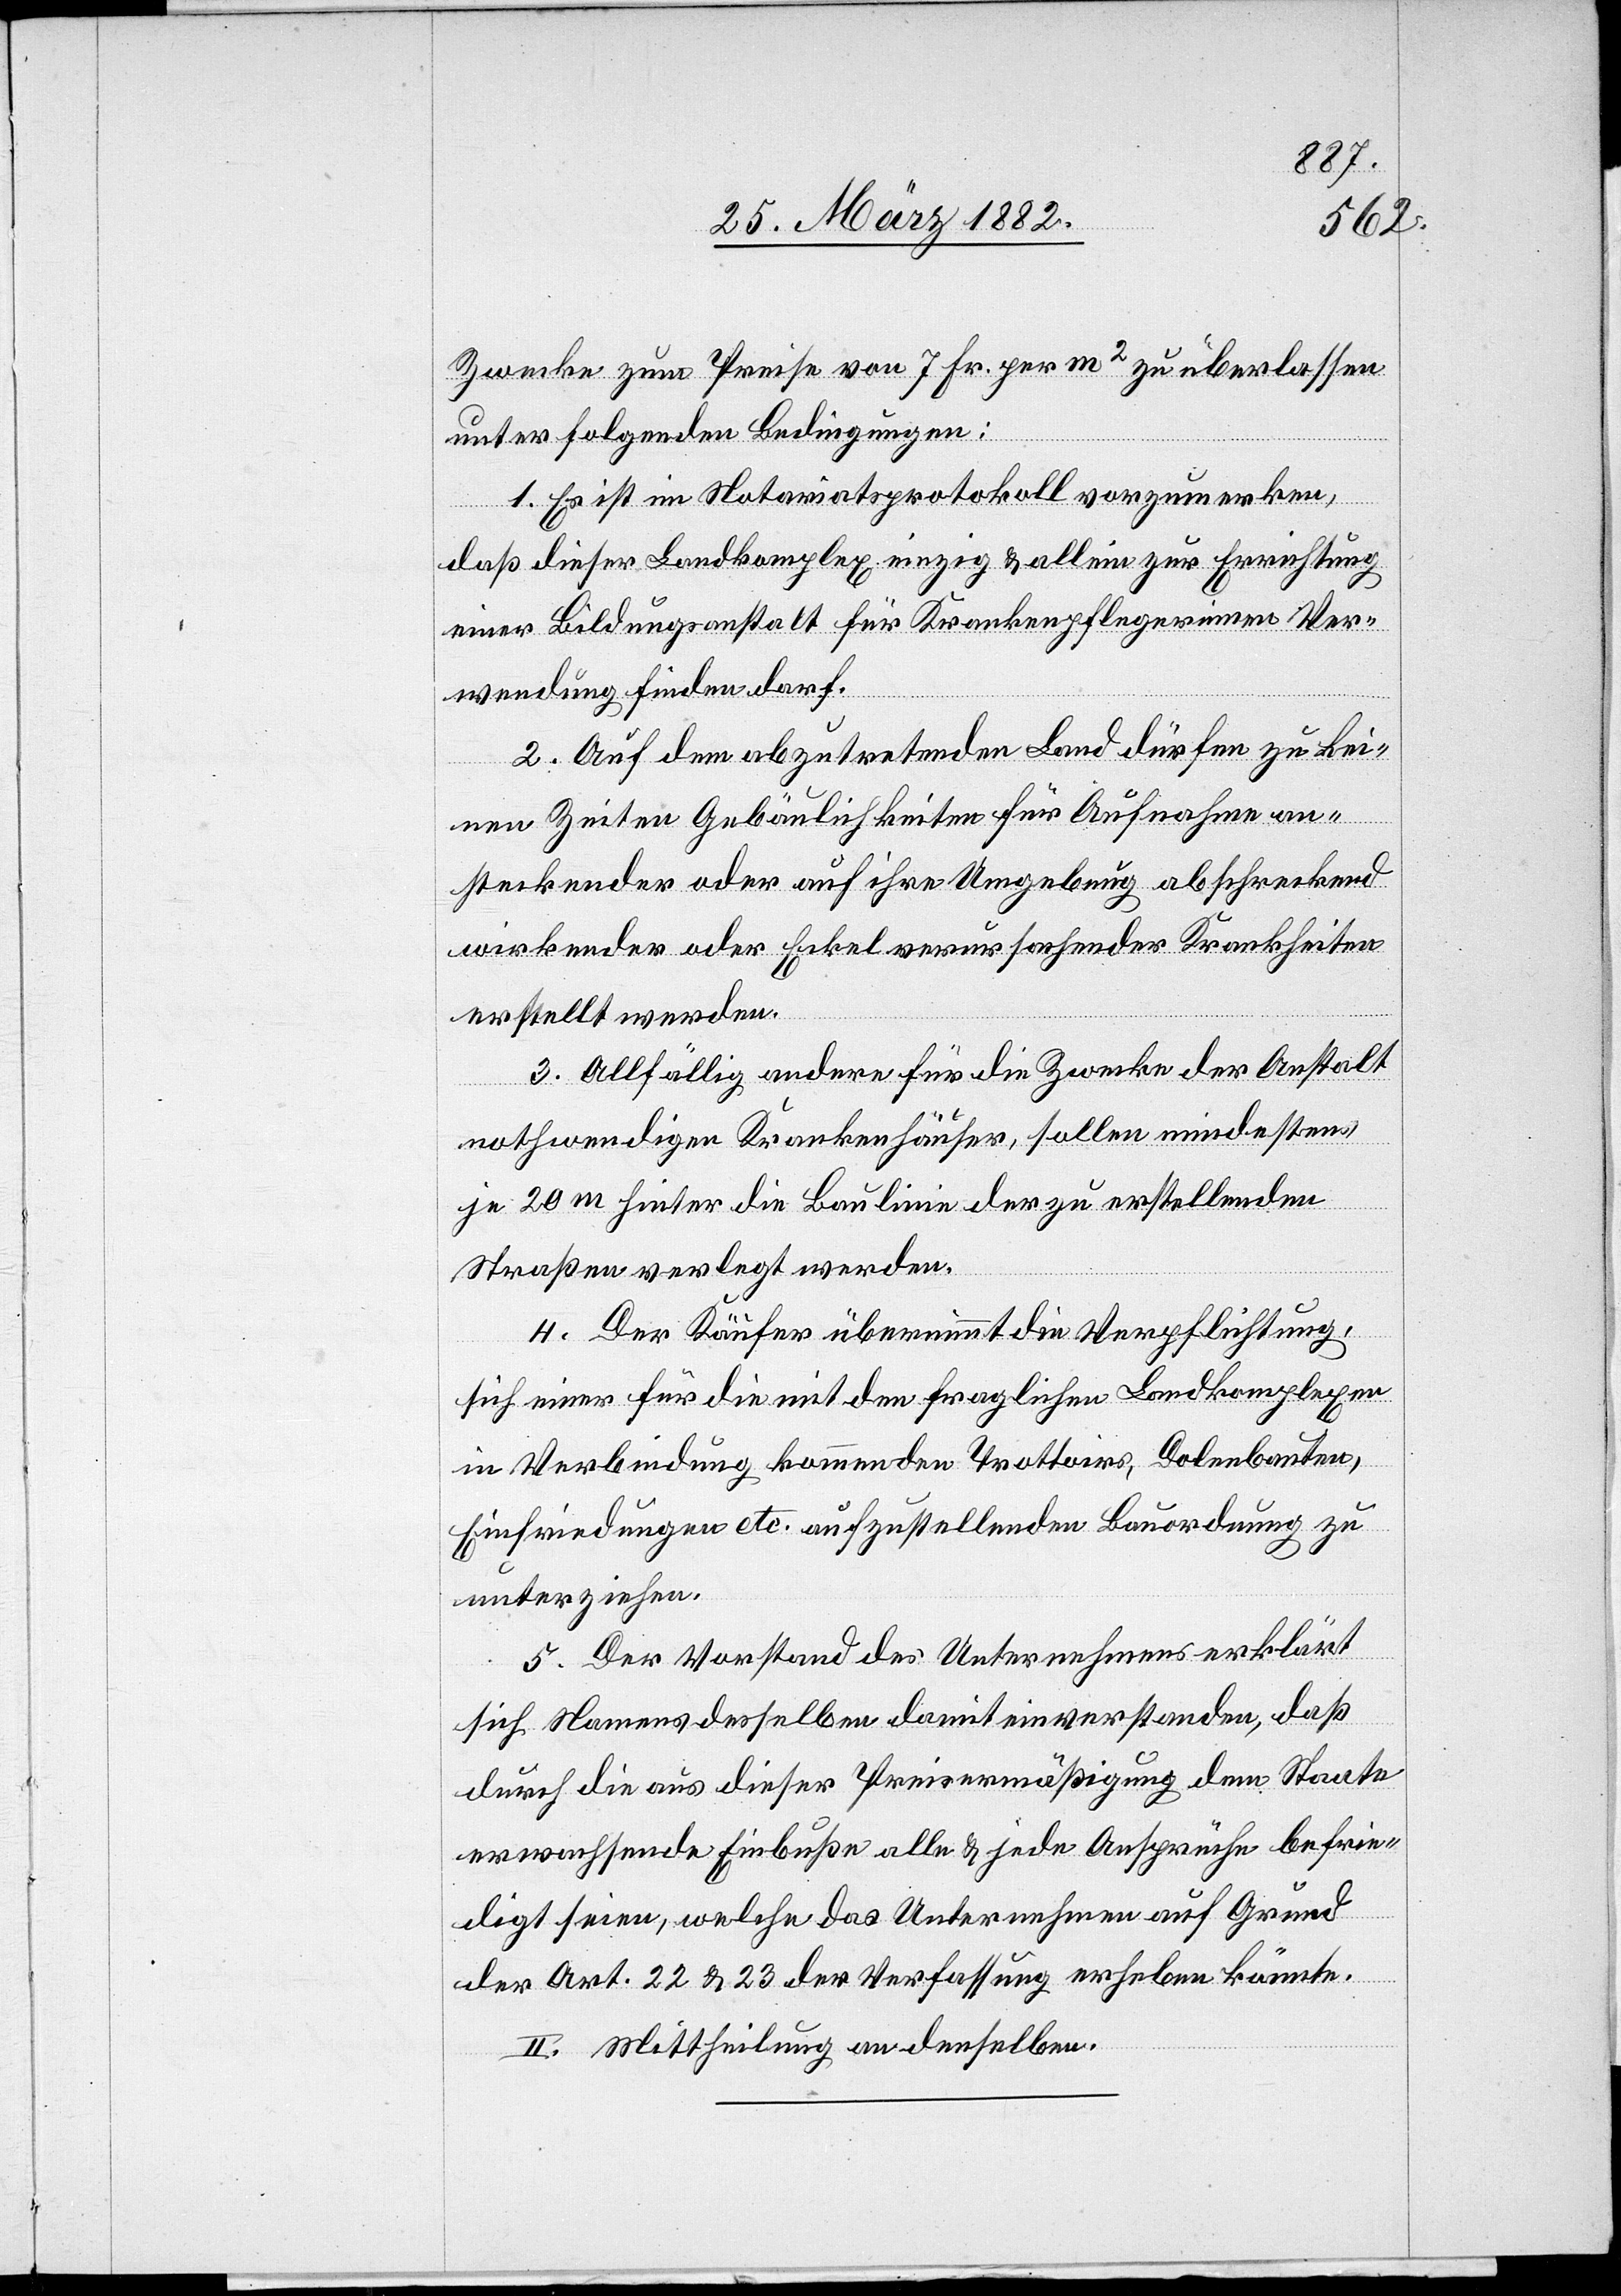
Zwecke zum Preise von 7 Fr. per m2 zu überlassen
unter folgenden Bedingungen:
1. Es ist im Notariatsprotokoll vorzumerken,
daß dieser Landkomplex einzig & allein zur Errichtung
einer Bildungsanstalt für Krankenpflegerinnen Ver¬
wendung finden darf.
2. Auf dem abzutretenden Land dürfen zu kei¬
nen Zeiten Gebäulichkeiten für Aufnahme an¬
steckender oder auf ihre Umgebung abschreckend
wirkender oder Ekel verursachender Krankheiten
erstellt werden.
3. Allfällig andere für die Zwecke der Anstalt
nothwendige Krankenhäuser, sollen mindestens
je 20 m hinter die Baulinie der zu erstellenden
Straßen verlegt werden.
4. Der Käufer übernimmt die Verpflichtung,
sich einer für die mit den fraglichen Landkomplexen
in Verbindung kommenden Trottoirs, Dolenbauten,
Einfriedungen etc. aufzustellenden Bauordnungen zu
unterziehen.
5. Der Vorstand des Unternehmens erklärt
sich Namens desselben damit einverstanden, daß
durch die aus dieser Preisermäßigung dem Staate
erwachsende Einbuße alle & jede Ansprüche befrie¬
digt seien, welche das Unternehmen auf Grund
der Art. 22 & 23 der Veranlassung ergeben könnte.
II. Mittheilung an denselben.